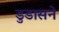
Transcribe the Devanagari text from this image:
डुडासने